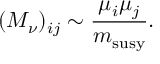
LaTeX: ( M _ { \nu } ) _ { i j } \sim { \frac { \mu _ { i } \mu _ { j } } { m _ { \mathrm { s u s y } } } } .